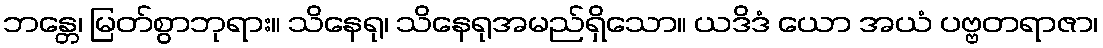
ဘန္တေ၊ မြတ်စွာဘုရား။ သိနေရု၊ သိနေရုအမည်ရှိသော။ ယဒိဒံ ယော အယံ ပဗ္ဗတရာဇာ၊